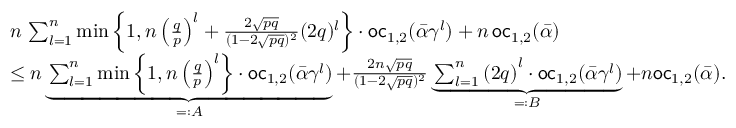
\begin{array} { r l } & { n \, \sum _ { l = 1 } ^ { n } \operatorname* { m i n } \left\{ 1 , n \left( \frac { q } { p } \right) ^ { l } + \frac { 2 \sqrt { p q } } { ( 1 - 2 \sqrt { p q } ) ^ { 2 } } ( 2 q ) ^ { l } \right\} \cdot \mathsf { o c } _ { 1 , 2 } ( \bar { \alpha } \gamma ^ { l } ) + n \, \mathsf { o c } _ { 1 , 2 } ( \bar { \alpha } ) } \\ & { \leq n \underbrace { \sum _ { l = 1 } ^ { n } \operatorname* { m i n } \left\{ 1 , n \left( \frac { q } { p } \right) ^ { l } \right\} \cdot \mathsf { o c } _ { 1 , 2 } ( \bar { \alpha } \gamma ^ { l } ) } _ { = : A } + \frac { 2 n \sqrt { p q } } { ( 1 - 2 \sqrt { p q } ) ^ { 2 } } \underbrace { \sum _ { l = 1 } ^ { n } \left( 2 q \right) ^ { l } \cdot \mathsf { o c } _ { 1 , 2 } ( \bar { \alpha } \gamma ^ { l } ) } _ { = : B } + n \mathsf { o c } _ { 1 , 2 } ( \bar { \alpha } ) . } \end{array}